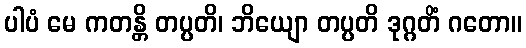
ပါပံ မေ ကတန္တိ တပ္ပတိ၊ ဘိယျော တပ္ပတိ ဒုဂ္ဂတိံ ဂတော။